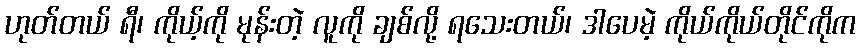
ဟုတ်တယ် ရီ၊ ကိုယ့်ကို မုန်းတဲ့ လူကို ချစ်လို့ ရသေးတယ်၊ ဒါပေမဲ့ ကိုယ်ကိုယ်တိုင်ကိုက